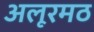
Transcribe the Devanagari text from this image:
अलूरमठ